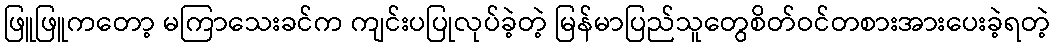
ဖြူဖြူကတော့ မကြာသေးခင်က ကျင်းပပြုလုပ်ခဲ့တဲ့ မြန်မာပြည်သူတွေစိတ်ဝင်တစားအားပေးခဲ့ရတဲ့